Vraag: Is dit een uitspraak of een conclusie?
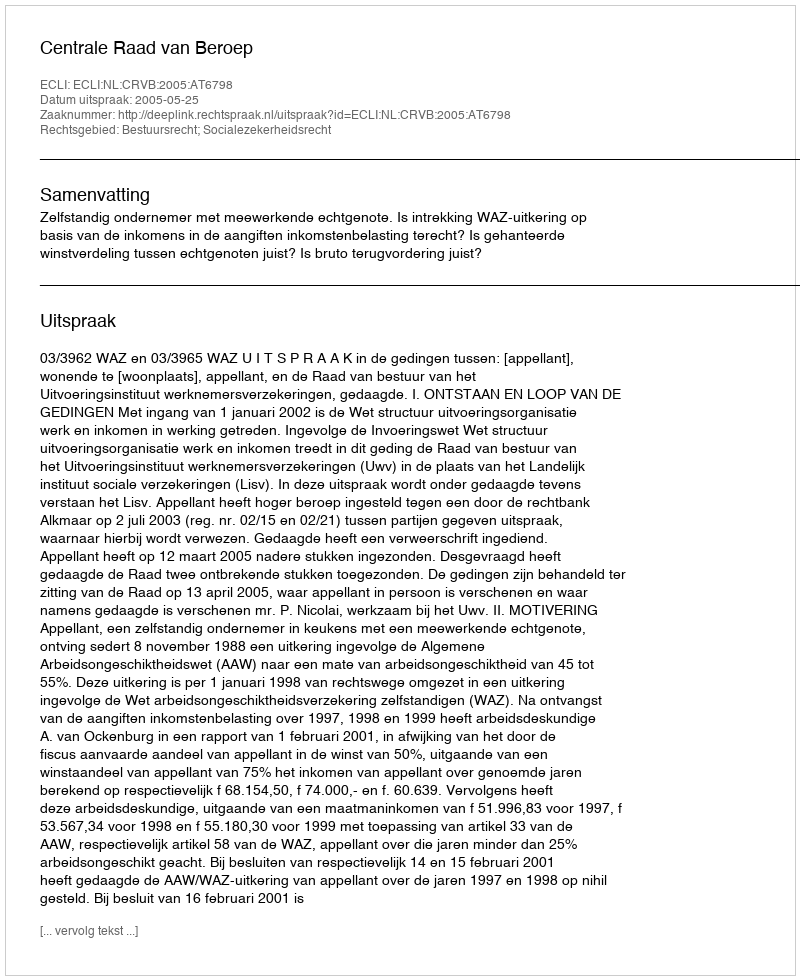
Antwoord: Uitspraak